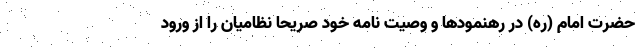
حضرت امام (ره) در رهنمودها و وصیت نامه خود صریحا نظامیان را از ورود